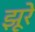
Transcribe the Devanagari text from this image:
झूरे